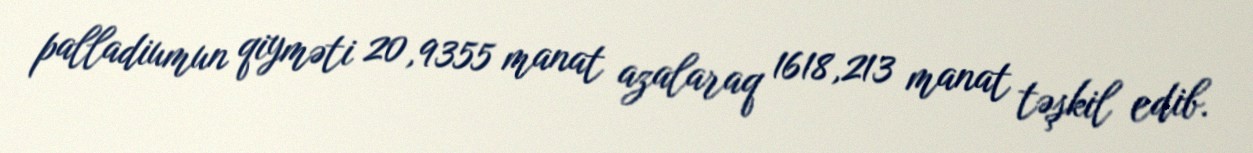
palladiumun qiyməti 20,9355 manat azalaraq 1618,213 manat təşkil edib.